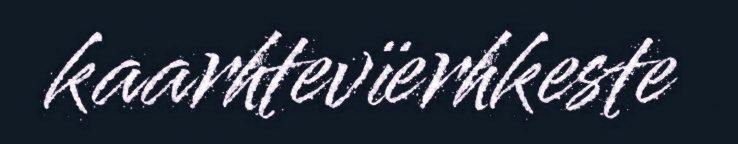
kaarhtevïerhkeste